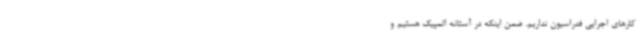
کارهای اجرایی فدراسیون نداریم. ضمن اینکه در آستانه المپیک هستیم و